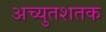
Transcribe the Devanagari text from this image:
अच्युतशतक